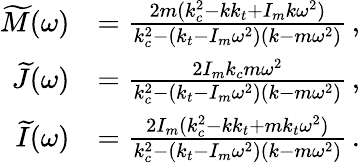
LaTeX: \begin{array}{rl}{\widetilde{M}(\omega)}&{=\frac{2m(k_{c}^{2}-kk_{t}+I_{m}k\omega^{2})}{k_{c}^{2}-(k_{t}-I_{m}\omega^{2})(k-m\omega^{2})}\, ,}\\ {\widetilde{J}(\omega)}&{=\frac{2I_{m}k_{c}m\omega^{2}}{k_{c}^{2}-(k_{t}-I_{m}\omega^{2})(k-m\omega^{2})}\, ,}\\ {\widetilde{I}(\omega)}&{=\frac{2I_{m}(k_{c}^{2}-kk_{t}+mk_{t}\omega^{2})}{k_{c}^{2}-(k_{t}-I_{m}\omega^{2})(k-m\omega^{2})}\, .}\end{array}